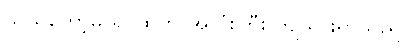
သည်တော့မှ ရင်ထဲက အလုံးကြီး ကျသွားရှာသည်။